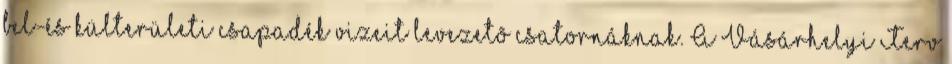
bel-és külterületi csapadék vizeit levezetõ csatornáknak. A Vásárhelyi Terv